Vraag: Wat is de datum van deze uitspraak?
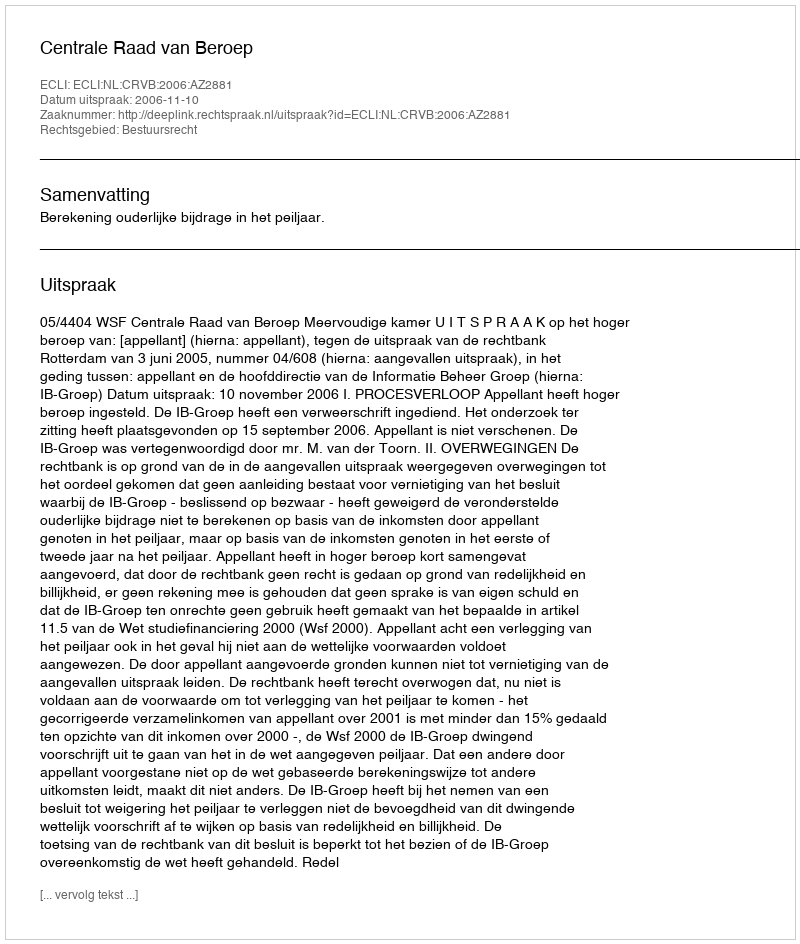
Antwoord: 2006-11-10